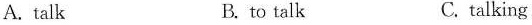
A. talk B. to talk C. talking